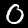
Label: 0